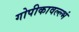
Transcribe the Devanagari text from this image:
गोपीकावल्ल्भं